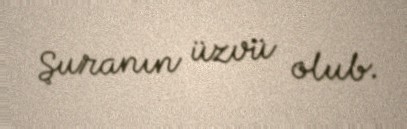
Şuranın üzvü olub.